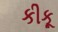
કીકૂ